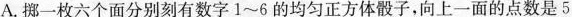
A.挪一枚六个面分别刻有数字1~6的均匀正方体骰子，向上一面的点数是5